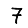
Digit: 7